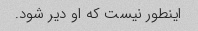
اینطور نیست که او دیر شود.